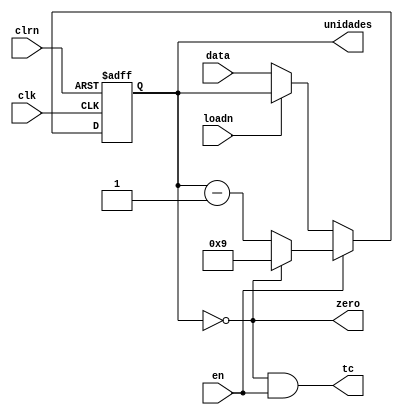
module contador_mod10(
    input [3:0] data,
    input loadn, clrn, clk, en,
    output reg [3:0] unidades = 4'b0000,
    output tc, zero     // tc = terminal count; indica quando o contador est no seu valor minmo
); 

    assign zero = (unidades == 4'b0000);
    assign tc = zero & en;
 
    always @(posedge clk or negedge clrn) 
        if (!clrn) begin 
            unidades <= 4'b0000;
        end
        else if (en) begin
            if (unidades == 4'b0000) begin
                unidades <= 4'b1001;
            end 
            else begin
                unidades <= unidades - 1;
            end
        end
        else if (!loadn) begin
            unidades <= data;
        end

endmodule